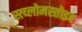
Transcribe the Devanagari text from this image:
स्त्य्लोमस्तोइद